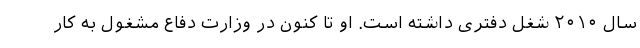
سال ۲۰۱۰ شغل دفتری داشته است. او تا کنون در وزارت دفاع مشغول به کار